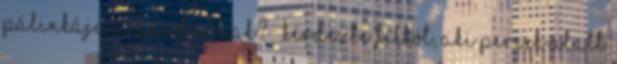
pálinkája a gazdádnak? – kérdezte Filkót, aki percek alatt